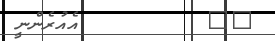
٢٩         އެއުރެންނީ